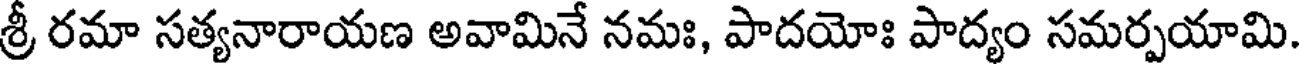
శ్రీ రమా సత్యనారాయణ అవామినే నమః, పాదయోః పాద్యం సమర్పయామి.